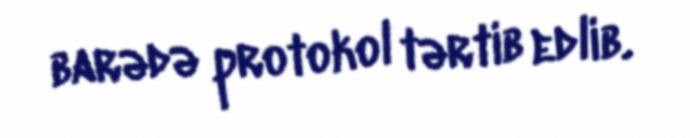
barədə protokol tərtib edlib.